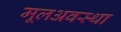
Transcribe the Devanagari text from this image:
मूलअवस्था